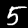
Label: 5